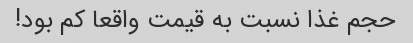
حجم غذا نسبت به قیمت واقعا کم بود!